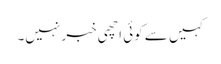
کہیں سے کوئی اچھی خبر نہیں۔